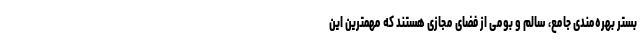
بستر بهره‌مندی جامع، سالم و بومی از فضای مجازی هستند که مهمترین این